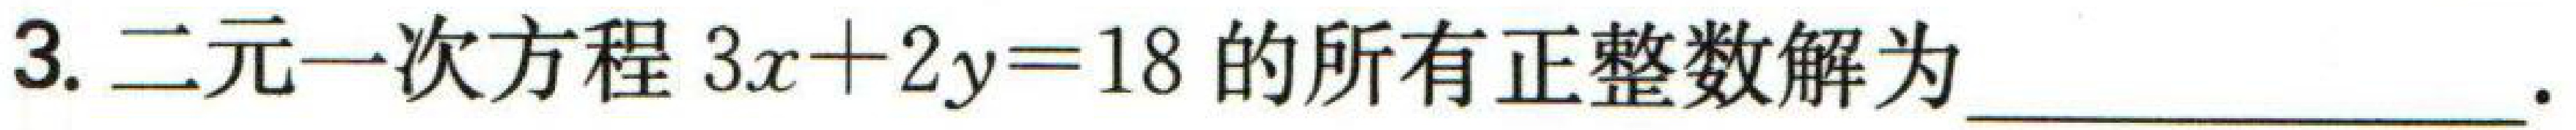
3. 二元一次方程\(3x + 2y = 18\)的所有正整数解为  .